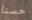
حسنا